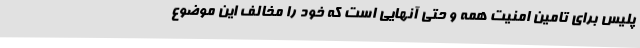
پلیس برای تامین امنیت همه و حتی آنهایی است که خود را مخالف این موضوع